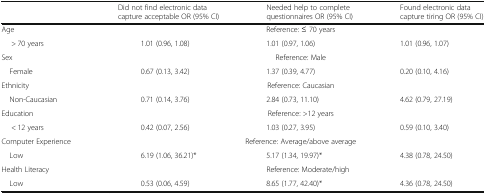
<table><thead><tr><td></td><td><b>Did not find electronic data capture acceptable OR (95% CI)</b></td><td><b>Needed help to complete questionnaires OR (95% CI)</b></td><td><b>Found electronic data capture tiring OR (95% CI)</b></td></tr></thead><tbody><tr><td>Age</td><td colspan="3">Reference: ≤ 70 years</td></tr><tr><td>&gt; 70 years</td><td>1.01 (0.96, 1.08)</td><td>1.01 (0.97, 1.06)</td><td>1.01 (0.96, 1.07)</td></tr><tr><td>Sex</td><td colspan="3">Reference: Male</td></tr><tr><td> Female</td><td>0.67 (0.13, 3.42)</td><td>1.37 (0.39, 4.77)</td><td>0.20 (0.10, 4.16)</td></tr><tr><td>Ethnicity</td><td colspan="3">Reference: Caucasian</td></tr><tr><td> Non-Caucasian</td><td>0.71 (0.14, 3.76)</td><td>2.84 (0.73, 11.10)</td><td>4.62 (0.79, 27.19)</td></tr><tr><td>Education</td><td colspan="3">Reference: &gt;12 years</td></tr><tr><td>&lt; 12 years</td><td>0.42 (0.07, 2.56)</td><td>1.03 (0.27, 3.95)</td><td>0.59 (0.10, 3.40)</td></tr><tr><td>Computer Experience</td><td colspan="3">Reference: Average/above average</td></tr><tr><td> Low</td><td>6.19 (1.06, 36.21)*</td><td>5.17 (1.34, 19.97)*</td><td>4.38 (0.78, 24.50)</td></tr><tr><td>Health Literacy</td><td></td><td>Reference: Moderate/high</td><td></td></tr><tr><td> Low</td><td>0.53 (0.06, 4.59)</td><td>8.65 (1.77, 42.40)*</td><td>4.36 (0.78, 24.50)</td></tr></tbody></table>